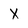
Character: X